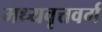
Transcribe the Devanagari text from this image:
मध्यवृत्तवर्ग